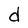
Character: d